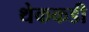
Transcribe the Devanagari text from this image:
थेककडी